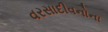
વરસાદીવનોના